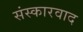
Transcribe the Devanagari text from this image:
संस्कारवाद